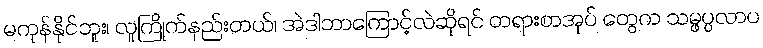
မကုန်နိုင်ဘူး၊ လူကြိုက်နည်းတယ်၊ အဲဒါဘာကြောင့်လဲဆိုရင် တရားစာအုပ် တွေက သမ္ဖပ္ပလာပ